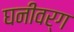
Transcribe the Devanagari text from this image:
घनीवर्ग